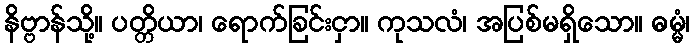
နိဗ္ဗာန်သို့။ ပတ္တိယာ၊ ရောက်ခြင်းငှာ။ ကုသလံ၊ အပြစ်မရှိသော။ ဓမ္မံ၊